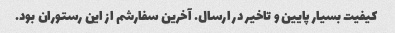
کیفیت بسیار پایین و تاخیر در ارسال. آخرین سفارشم از این رستوران بود.